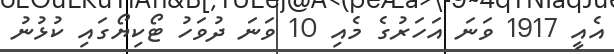
އެއީ 1917 ވަނަ އަހަރުގެ މެއި 10 ވަނަ ދުވަހު ޓޯކިޔޯގައި ކުޅުނު